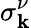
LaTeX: \sigma_{\mathbf{k}}^{\nu}